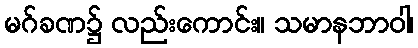
မဂ်ခဏ၌ လည်းကောင်း။ သမာနဘာဝါ၊